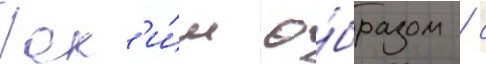
Так'и́м о́бразом / с